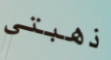
ذهبتي